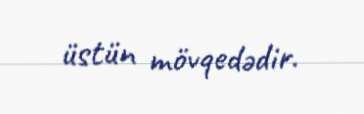
üstün mövqedədir.